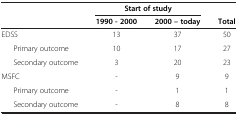
|  | <COLSPAN=2> Start of study |  |
 |  | 1990 - 2000 | 2000 – today | Total |
 | --- | --- | --- | --- |
 | EDSS | 13 | 37 | 50 |
 | Primary outcome | 10 | 17 | 27 |
 | Secondary outcome | 3 | 20 | 23 |
 | MSFC | - | 9 | 9 |
 | Primary outcome | - | 1 | 1 |
 | Secondary outcome | - | 8 | 8 |